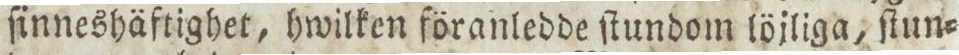
ſinneshäftighet, hwilken föranledde ſtundom löjliga, ſtun=